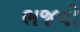
ભજવો